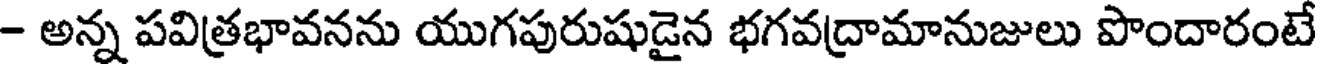
- అన్న పవిత్రభావనను యుగపురుషుడైన భగవద్రామానుజులు పొందారంటే